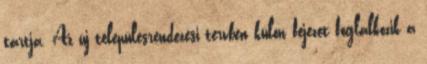
tartja. Az új településrendezési tervben külön fejezet foglalkozik a